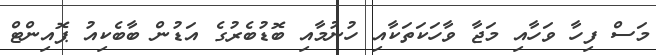
މަސް ފިހާ ވަހާއި މަޖާ ވާހަކަތަކާއި ހުނުމާއި ބޮޑުބެރުގެ އަޑުން ބާބެކިއު ޕޮއިންޓް